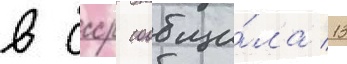
в ссср сообщи́ла 13